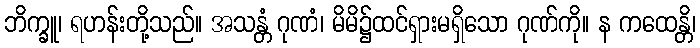
ဘိက္ခူ၊ ရဟန်းတို့သည်။ အသန္တံ ဂုဏံ၊ မိမိ၌ထင်ရှားမရှိသော ဂုဏ်ကို။ န ကထေန္တိ၊